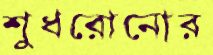
শুধরোনোর